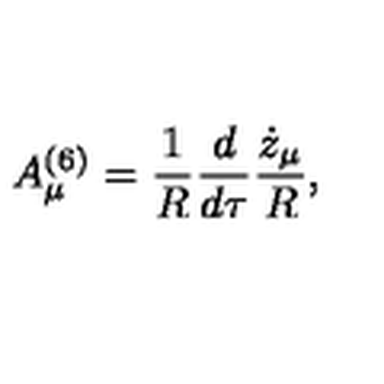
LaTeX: A _ { \mu } ^ { ( 6 ) } = { \frac { 1 } { R } } { \frac { d } { d \tau } } { \frac { \dot { z } _ { \mu } } { R } } ,